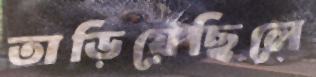
তাড়িয়েছিলে